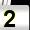
Digit: 2